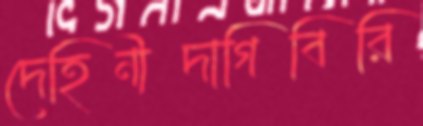
দেহিনীদাগিবিরি